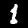
Digit: 1